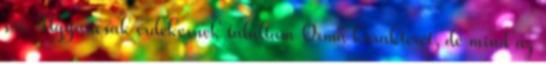
sőt. Ugyancsak érdekesnek találtam Orma karakterét, de mind az